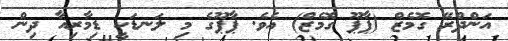
އަންދްރޭ ގޮމެޒް (ޕާޕޫ ގޮމެޒް) އެވެ. ޕާޕޫގެ މި ލަނޑަކީ ޑިމާރިއާ ދިން